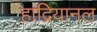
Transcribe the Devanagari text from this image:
हाद्रियानल